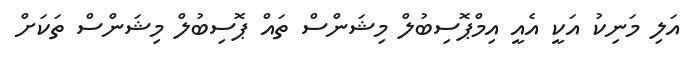
އަލި މަނިކު އަކީ އެއީ އިމްޕޮސިބުލް މިޝަންސް ތައް ޕޮސިބުލް މިޝަންސް ތަކަށް